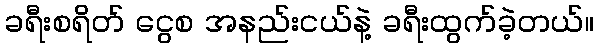
ခရီးစရိတ် ငွေစ အနည်းငယ်နဲ့ ခရီးထွက်ခဲ့တယ်။